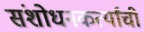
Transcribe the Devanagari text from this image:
संशोधनकर्त्यांची